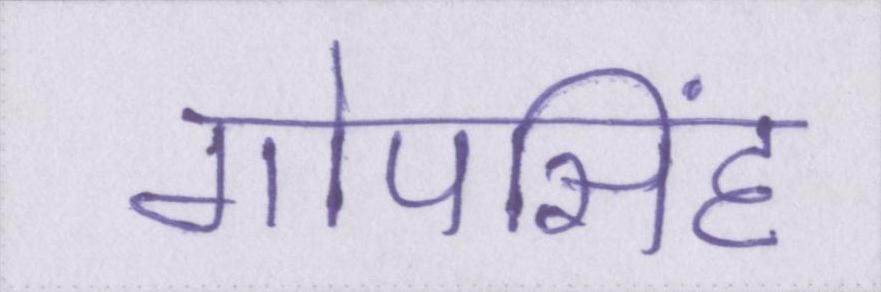
गोपसिंह